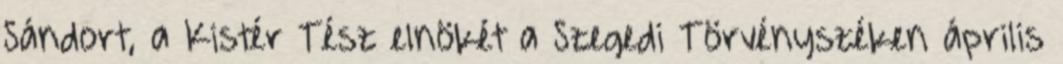
Sándort, a Kistér Tész elnökét a Szegedi Törvényszéken április